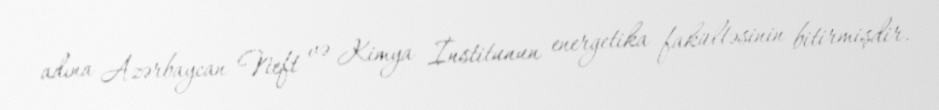
adına Azərbaycan Neft və Kimya İnstitunun energetika fakültəsinin bitirmişdir.